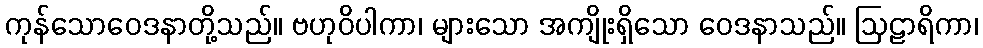
ကုန်သောဝေဒနာတို့သည်။ ဗဟုဝိပါကာ၊ များသော အကျိုးရှိသော ဝေဒနာသည်။ ဩဠာရိကာ၊